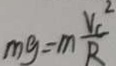
m g = m \frac { v _ { c } ^ { 2 } } { R }